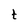
Character: t